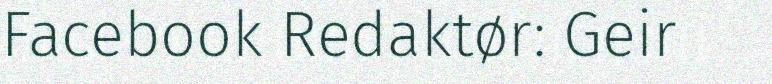
Facebook Redaktør: Geir